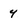
Character: 4